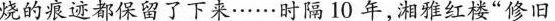
烧的痕迹都保留了下来……时隔10 年，湘雅红楼 ” 修旧